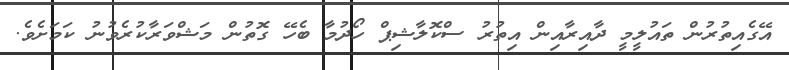
އޭގެއިތުރުން ތައުލީމީ ދާއިރާއިން އިތުރު ސްކޮލާޝިޕް ހޯދުމާ ބެހޭ ގޮތުން މަޝްވަރާކުރެވުނު ކަމަށެވެ.